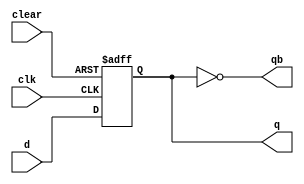
module DFF (q,qb,clk,d,clear);
input clk,d,clear;
output q,qb;
reg q;
wire qb; 

always @(posedge clk, negedge clear)
    if (clear==1'b0)
    begin
        #4 q= 1'b0;

    end
    else
        begin	
            #8 q=d;

        end
assign qb = ~q;

endmodule